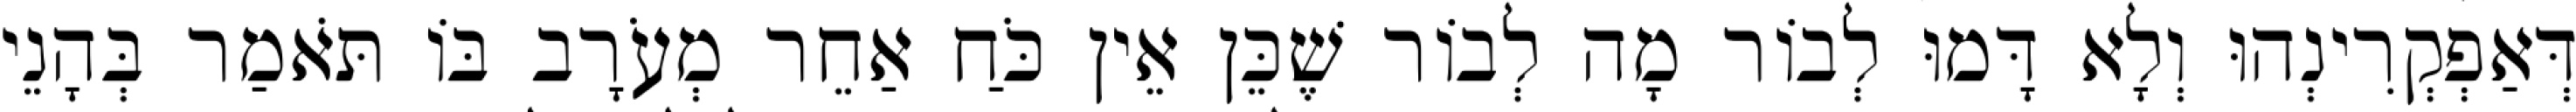
דְּאַפְקְרִינְהוּ וְלָא דָּמוּ לְבוֹר מָה לְבוֹר שֶׁכֵּן אֵין כֹּחַ אַחֵר מְעֹרָב בּוֹ תֹּאמַר בְּהָנֵי